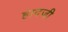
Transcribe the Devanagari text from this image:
हादजी